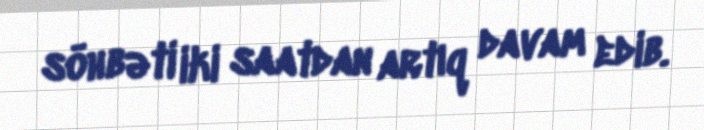
söhbəti iki saatdan artıq davam edib.